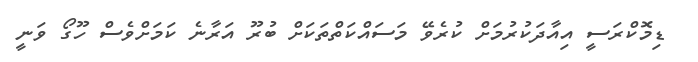
ޑިމޮކްރަސީ އިއާދަކުރުމަށް ކުރެވޭ މަސައްކަތްތަކަށް ބުރޫ އަރާނެ ކަމަށްވެސް ހޫގޯ ވަނީ